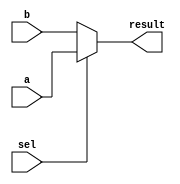
`timescale 1ns / 1ps

module Multiplexer2(
    input wire a, // 
    input wire b, // 
    input wire sel, // 
    output result // _
    );

    assign result = sel ? a : b;
endmodule

module Multiplexer4(
    input wire a, // 
    input wire b, // 
    input wire c, // 
    input wire d, // 
    input wire [1:0] sel, // 
    output reg result // _
    );

always @(sel, a, b, c, d)
    case (sel)
        2'b00: result <= a;
        2'b01: result <= b;
        2'b10: result <= c;
        2'b11: result <= d;
    endcase
endmodule